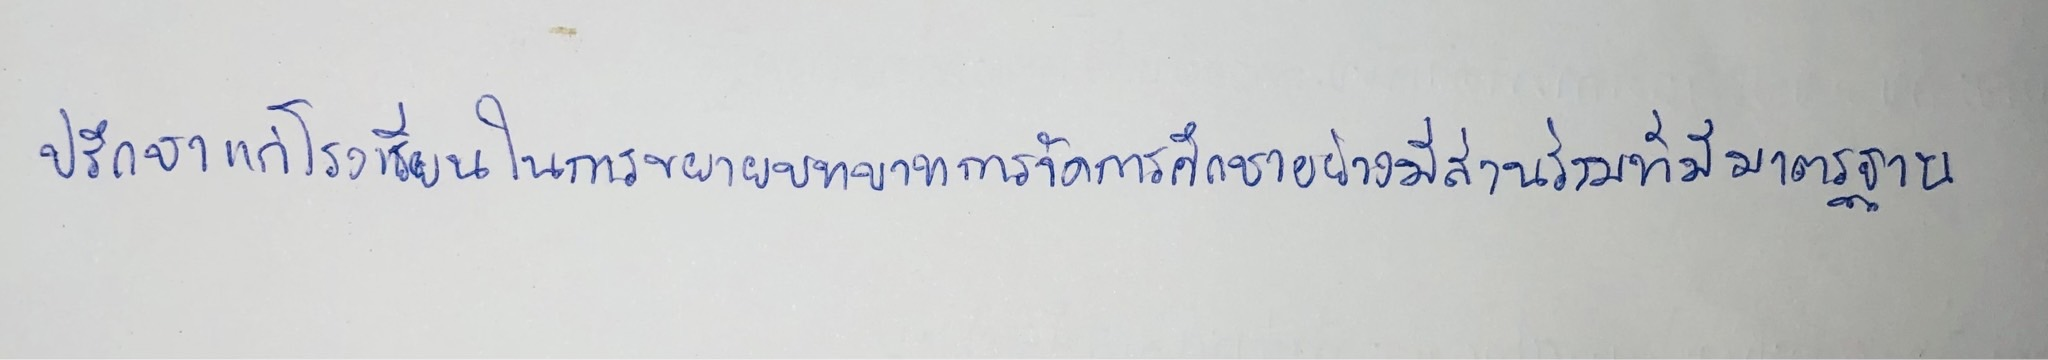
ปรึกษาแก่โรงเรียนในการขยายบทบาทการจัดการศึกษาอย่างมีส่วนร่วมที่มีมาตรฐาน